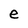
Character: e